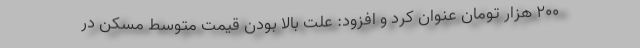
۲۰۰ هزار تومان عنوان کرد و افزود: علت بالا بودن قیمت متوسط مسکن در